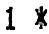
1 *